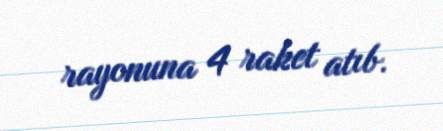
rayonuna 4 raket atıb.